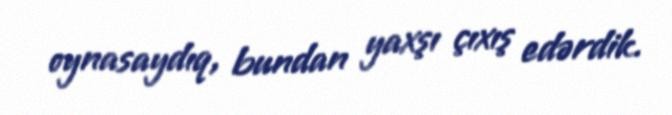
oynasaydıq, bundan yaxşı çıxış edərdik.